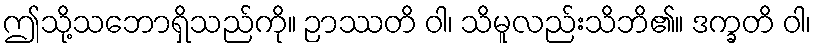
ဤသို့သဘောရှိသည်ကို။ ဉာဿတိ ဝါ၊ သိမူလည်းသိဘိ၏။ ဒက္ခတိ ဝါ၊